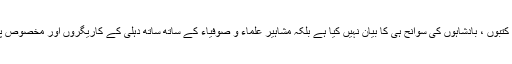
اس کتاب میں انہوں نے تاریخ عمارتوں ان کے کتبوں ، بادشاہوں کی سوانح ہی کا بیان نہیں کیا ہے بلکہ مشاہیر علماء و صوفیاء کے ساتھ ساتھ دہلی کے کاریگروں اور مخصوص پیشہ وروں کے حالات و کیفیت بھی لکھی ہے ۔